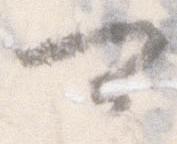
可